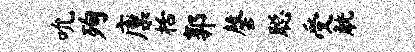
吮殉廪栝郭罄聪受觥